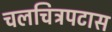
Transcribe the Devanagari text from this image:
चलचित्रपटास